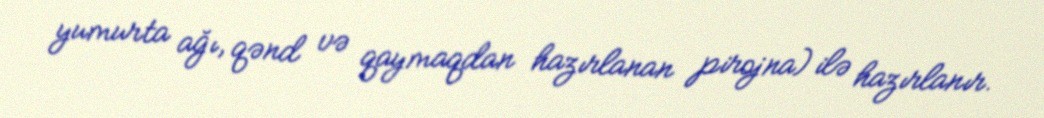
yumurta ağı, qənd və qaymaqdan hazırlanan pirojna) ilə hazırlanır.